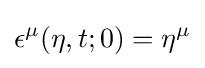
\epsilon ^{\mu }(\eta ,t;0)=\eta ^{\mu }